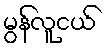
မွန်လူငယ်